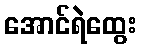
အောင်ရဲထွေး